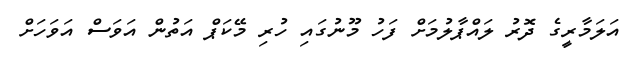
އަލަމާރީގެ ދޮރު ލައްޕާލުމަށް ފަހު މޫނުގައި ހުރި މޭކަޕް އަތުން އަވަސް އަވަހަށް